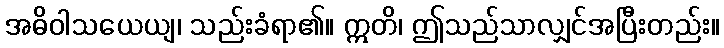
အဓိဝါသယေယျ၊ သည်းခံရာ၏။ ဣတိ၊ ဤသည်သာလျှင်အပြီးတည်း။